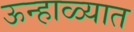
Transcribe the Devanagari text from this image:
ऊन्हाळ्यात